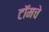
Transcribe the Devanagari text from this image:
टॉमचे